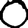
Digit: 0